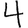
Digit: 4